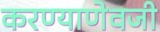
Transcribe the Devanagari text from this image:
करण्याणेवजी